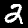
Digit: 2